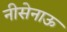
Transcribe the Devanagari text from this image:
नीसेनाऊ